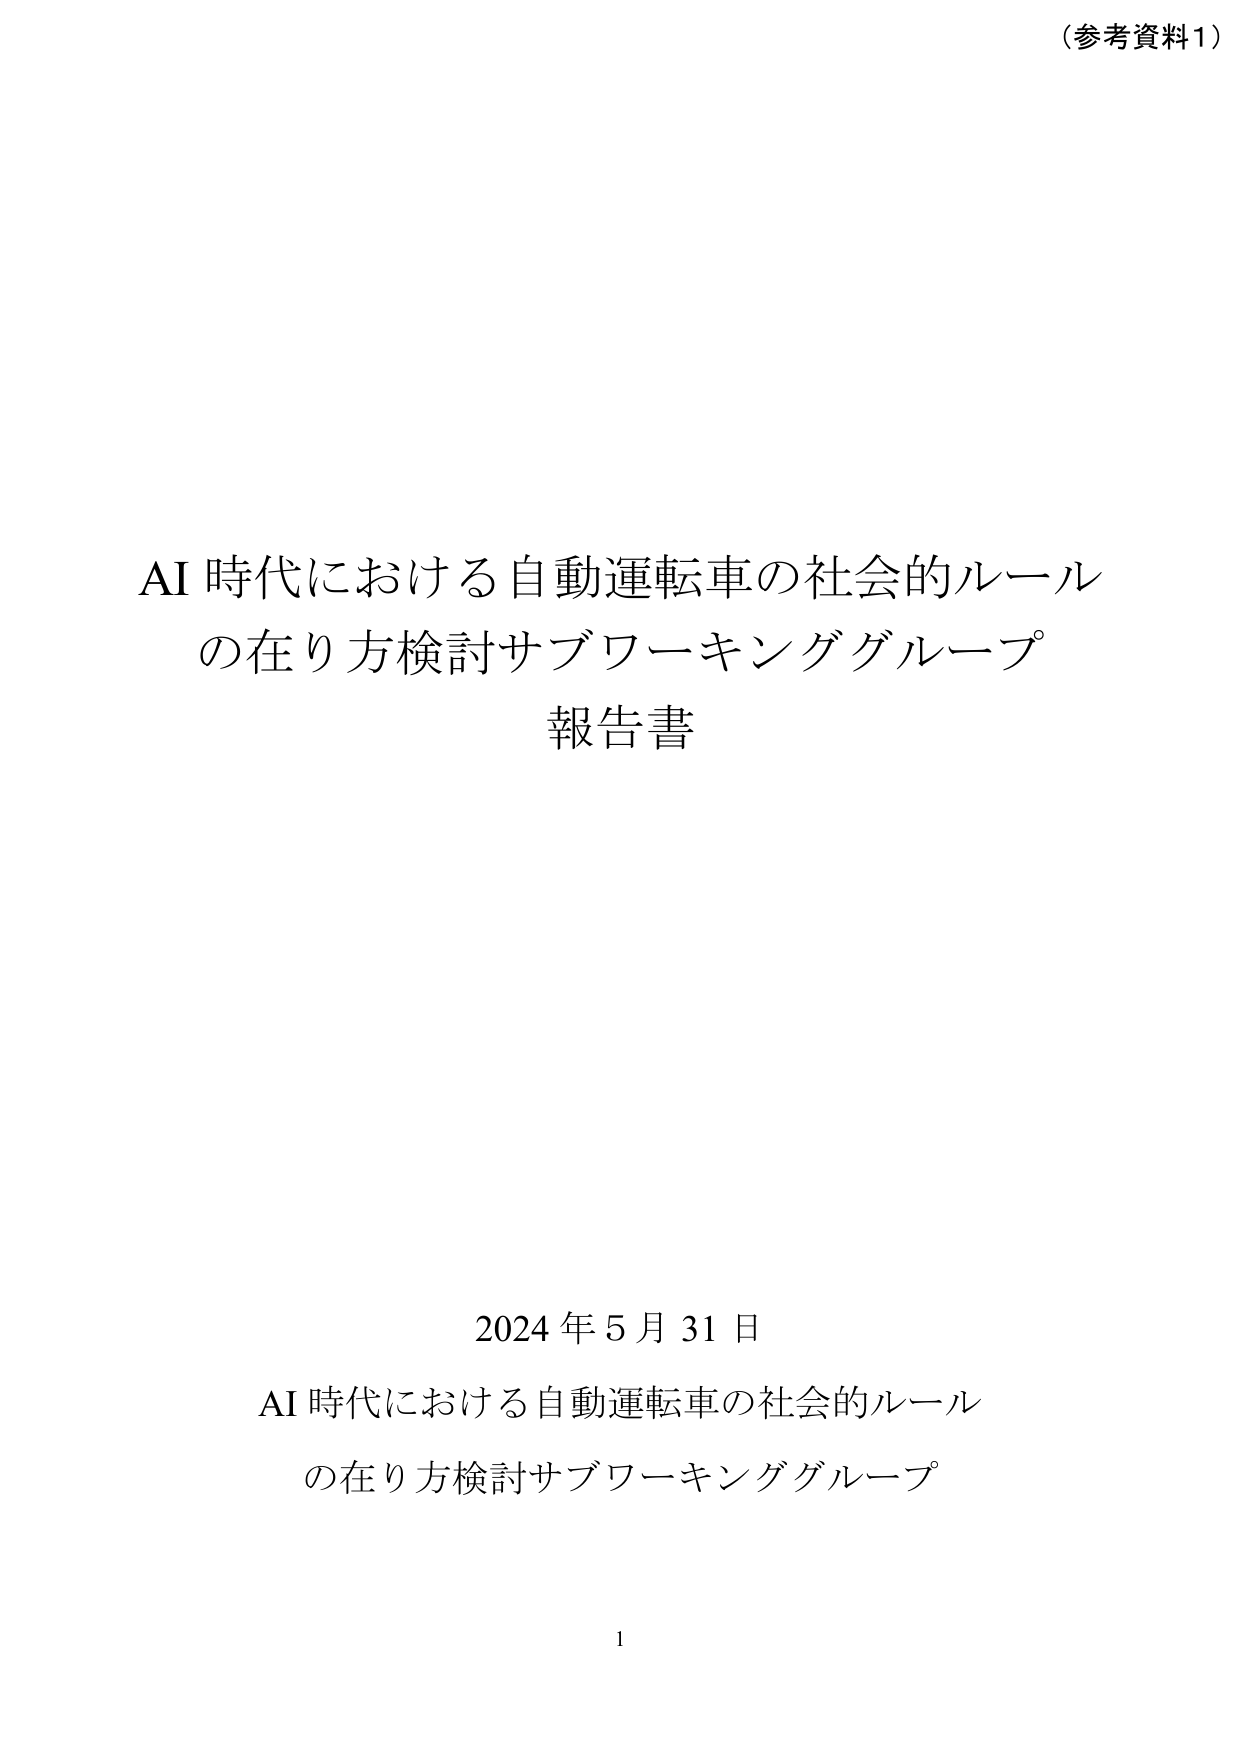
（参考資料1）

AI 時代における自動運転車の社会的ルール
の在り方検討サブワーキンググループ
報告書

2024 年 5 月 31 日
AI 時代における自動運転車の社会的ルール
の在り方検討サブワーキンググループ

1